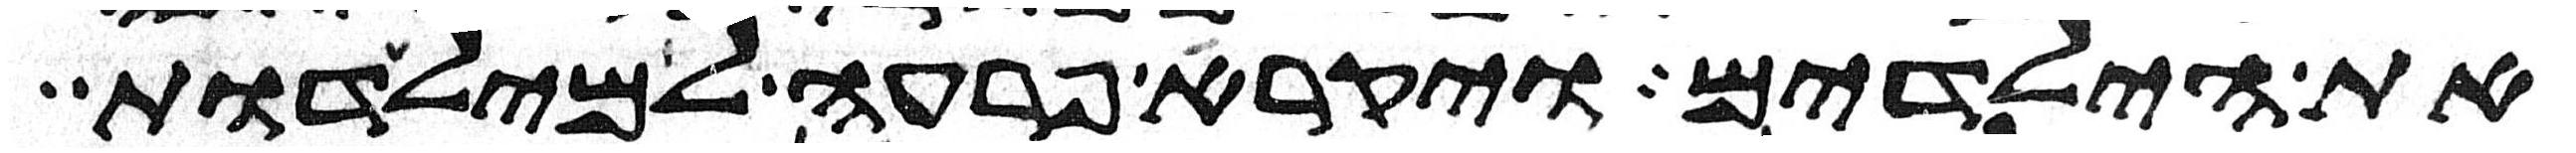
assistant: את הילדים ויקרא פרעה למילדות